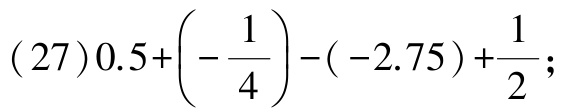
\((27)0.5+\left(-\dfrac{1}{4}\right)-(-2.75)+\dfrac{1}{2};\)